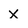
Character: X